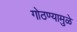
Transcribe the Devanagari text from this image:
गोठण्यामुळे